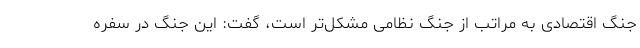
جنگ اقتصادی به مراتب از جنگ‌ نظامی مشکل‌تر است، گفت: این جنگ در سفره